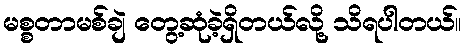
မစ္စတာမစ်ချဲ တွေ့ဆုံခဲ့ရှိတယ်လို့ သိရပါတယ်။